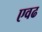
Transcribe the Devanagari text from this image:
एवढ